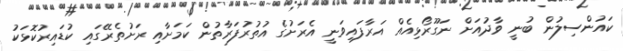
ކައުންސިލުން ބުނީ ވާދުއަށް ނަގޫރޯޅިއެއް އަރާފައިވަނީ އެރަށުގެ އުތުރުފަރާތުން ކަމަށާއި ރަށުތެރޭގައި ކުޑައިރުކޮޅަކު